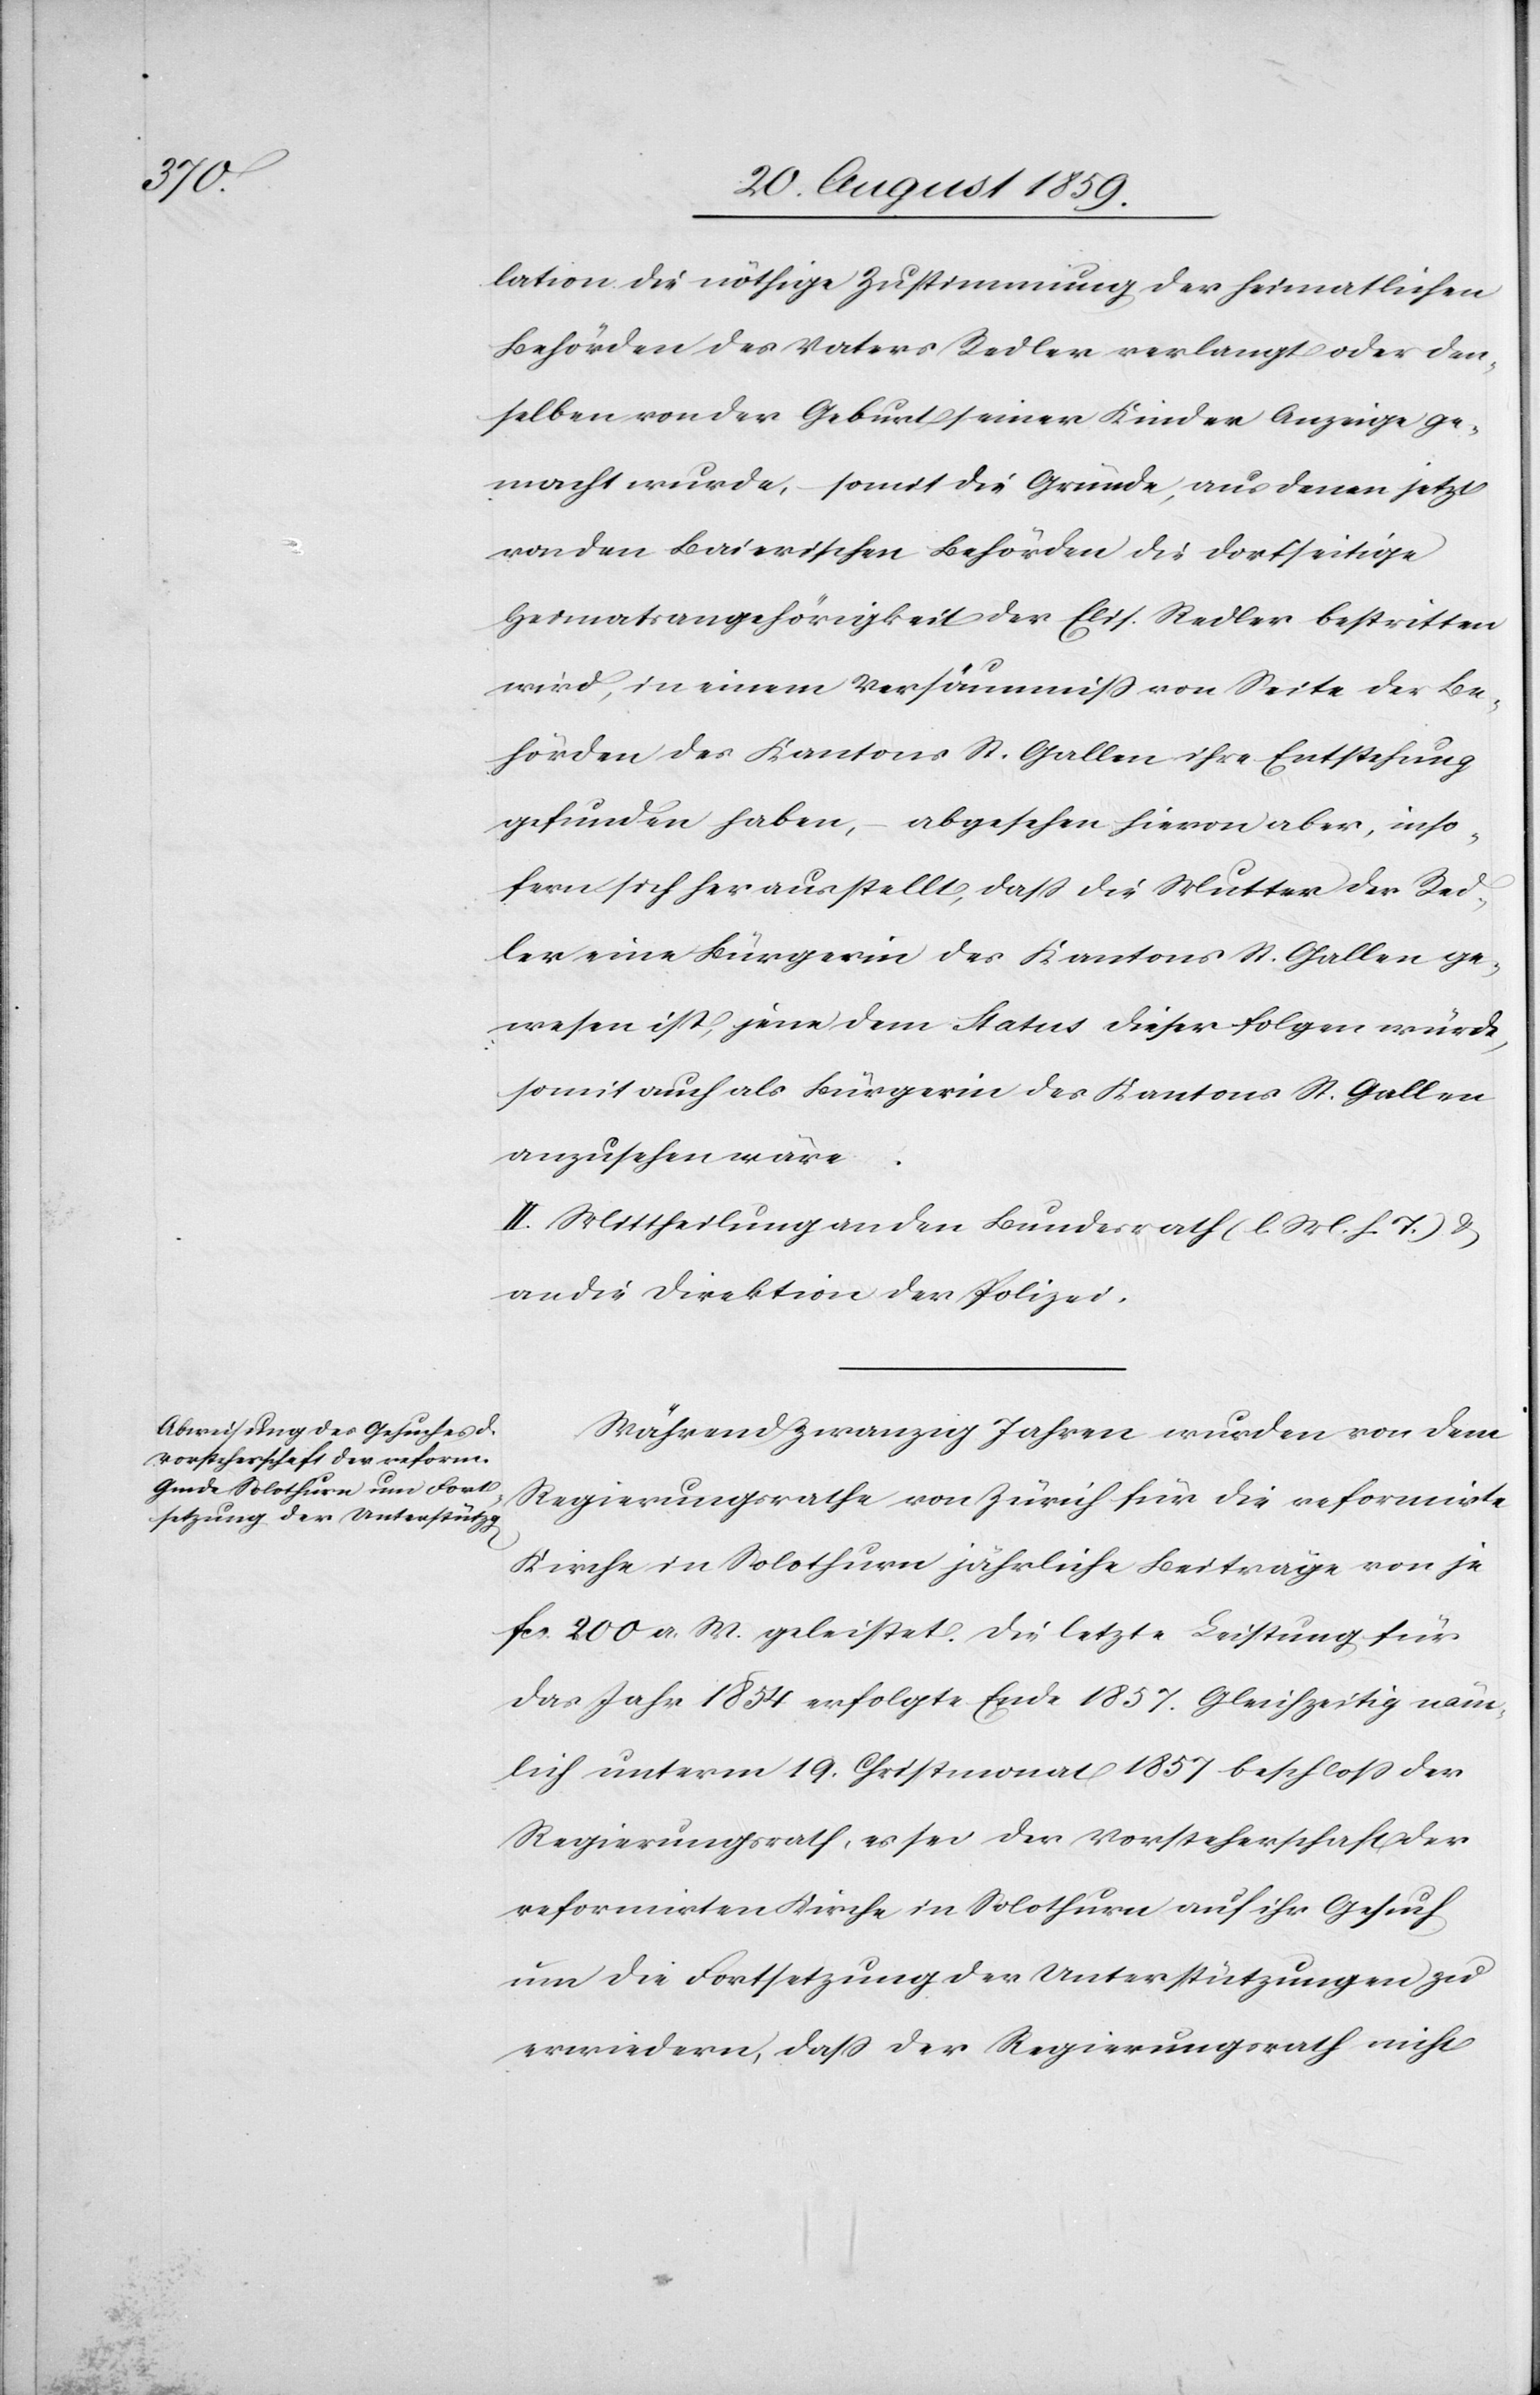
lation die nöthige Zustimmung der heimatlichen
Behörden des Vaters Redler verlangt oder den¬
selben von der Geburt seiner Kinder Anzeige ge¬
macht wurde, somit die Gründe, aus denen jetzt
von den Baierischen Behörden die dortseitige
Heimatangehörigkeit der Elis. Redler bestritten
wird, in einem Versäumniß von Seite der Be¬
hörden des Kantons St. Gallen ihre Entstehung
gefunden haben, – abgesehen hievon aber, inso¬
fern sich herausstellt, daß die Mutter der Red¬
ler eine Bürgerin des Kantons St. Gallen ge¬
wesen ist, jene dem Status dieser folgen würde,
somit auch als Bürgerin des Kantons St. Gallen
anzusehen wäre.
II. Mittheilung an den Bundesrath (l. M. h. T.) &
an die Direktion der Polizei.
Während Zwanzig Jahren wurden von dem
Regierungsrathe von Zürich für die reformirte
Kirche in Solothurn jährliche Beiträge von je
fcs. 200 a. W. geleistet. Die letzte Leistung für
das Jahr 1854 erfolgte Ende 1857. Gleichzeitig näm¬
lich unterm 19. Christmonat 1857 beschloß der
Regierungsrath, es sei der Vorsteherschaft der
reformirten Kirche in Solothurn auf ihr Gesuch
um die Fortsetzung der Unterstützungen zu
erwiedern, daß der Regierungsrath nicht